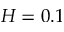
H = 0 . 1